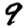
Digit: 9